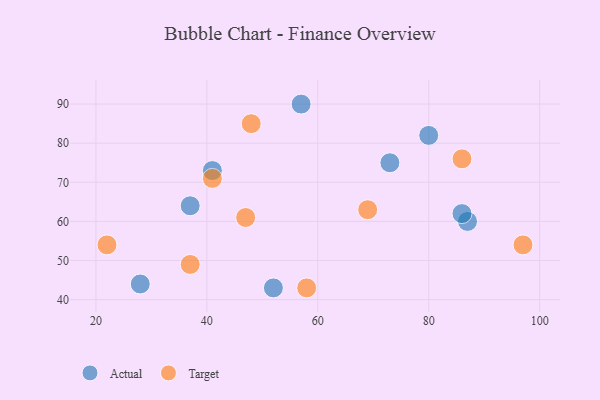
{"axis": {"x": "GDP", "y": "Life Expectancy"}, "legend": ["Actual", "Target"], "data": [{"x": "41", "y": 73, "type": "Actual"}, {"x": "87", "y": 60, "type": "Actual"}, {"x": "37", "y": 64, "type": "Actual"}, {"x": "73", "y": 75, "type": "Actual"}, {"x": "80", "y": 82, "type": "Actual"}, {"x": "57", "y": 90, "type": "Actual"}, {"x": "86", "y": 62, "type": "Actual"}, {"x": "52", "y": 43, "type": "Actual"}, {"x": "28", "y": 44, "type": "Actual"}, {"x": "97", "y": 54, "type": "Target"}, {"x": "48", "y": 85, "type": "Target"}, {"x": "69", "y": 63, "type": "Target"}, {"x": "37", "y": 49, "type": "Target"}, {"x": "41", "y": 71, "type": "Target"}, {"x": "47", "y": 61, "type": "Target"}, {"x": "86", "y": 76, "type": "Target"}, {"x": "22", "y": 54, "type": "Target"}, {"x": "58", "y": 43, "type": "Target"}]}